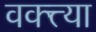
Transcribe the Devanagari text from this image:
वक्त्त्या